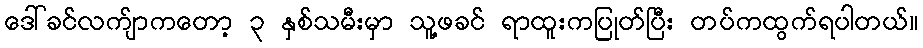
ဒေါ်ခင်လက်ျာကတော့ ၃ နှစ်သမီးမှာ သူ့ဖခင် ရာထူးကပြုတ်ပြီး တပ်ကထွက်ရပါတယ်။